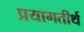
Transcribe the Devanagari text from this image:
प्रयागतीर्थ